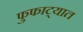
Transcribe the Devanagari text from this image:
फुफाट्यात